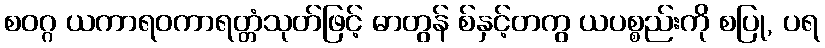
စဝဂ္ဂ ယကာရဝကာရတ္တံသုတ်ဖြင့် ဓာတွန် စ်နှင့်တကွ ယပစ္စည်းကို စပြု, ပရ